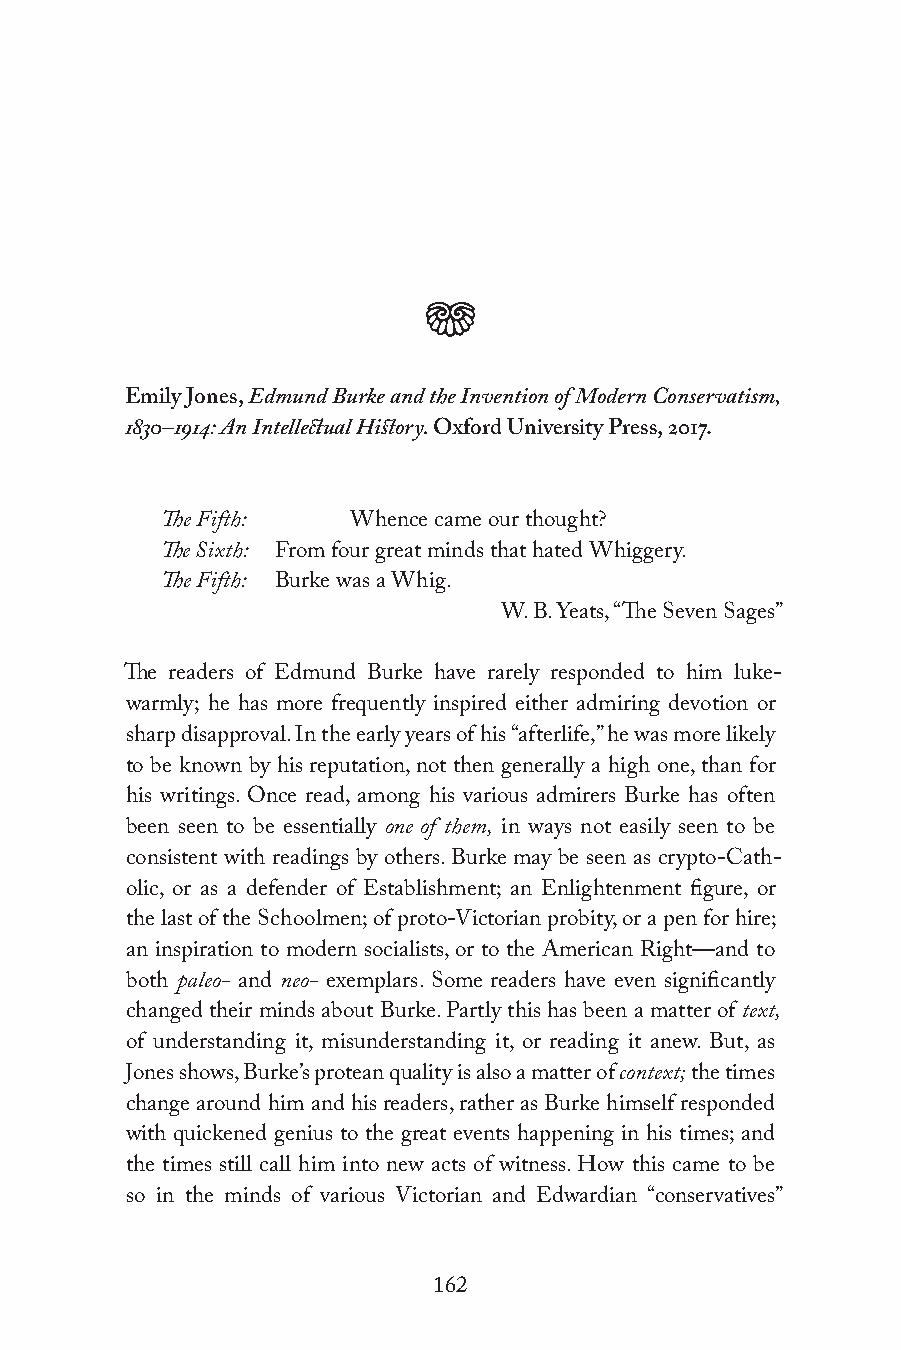
j
 Emily Jones, Edmund Burke and the Invention of Modern Conservatism,
 1830–1914: An Intellectual History. Oxford University Press, 2017.
 The Fifth:  Whence came our thought?
 The Sixth: From four great minds that hated Whiggery.
 The Fifth: Burke was a Whig.
 W. B. Yeats, “The Seven Sages”
 The readers of Edmund Burke have rarely responded to him luke-
 warmly; he has more frequently inspired either admiring devotion or
 sharp disapproval. In the early years of his “afterlife,” he was more likely
 to be known by his reputation, not then generally a high one, than for
 his writings. Once read, among his various admirers Burke has often
 been seen to be essentially one of them, in ways not easily seen to be
 consistent with readings by others. Burke may be seen as crypto-Cath-
 olic, or as a defender of Establishment; an Enlightenment figure, or
 the last of the Schoolmen; of proto-Victorian probity, or a pen for hire;
 an inspiration to modern socialists, or to the American Right—and to
 both paleo- and neo- exemplars. Some readers have even significantly
 changed their minds about Burke. Partly this has been a matter of text,
 of understanding it, misunderstanding it, or reading it anew. But, as
 Jones shows, Burke’s protean quality is also a matter of context; the times
 change around him and his readers, rather as Burke himself responded
 with quickened genius to the great events happening in his times; and
 the times still call him into new acts of witness. How this came to be
 so in the minds of various Victorian and Edwardian “conservatives”
 162